Civil Veterinary Dept. Assam report 1927-50 - 1927-1950
Year: 1927
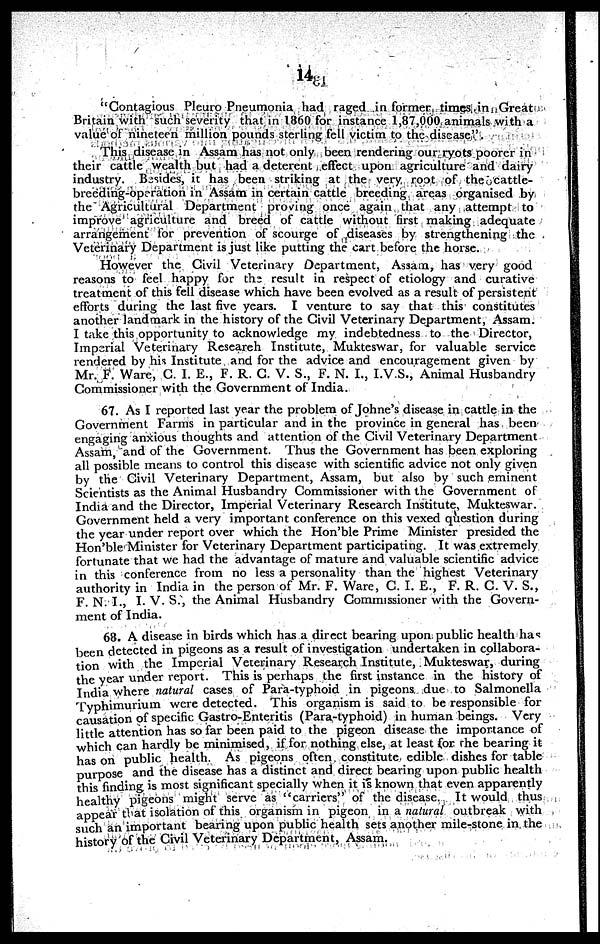
14
"Contagious Pleuro Pneumonia had raged in former times in Great
Britain with such severity that in I860 for instance 1,87,000 animals with a
value of nineteen million pounds sterling fell victim to the disease".
This disease in Assam has not only been rendering our ryots poorer in
their cattle wealth but had a deterent effect upon agriculture and dairy
industry. Besides, it has been striking at the very root of the cattle-
breeding-operation in Assam in certain cattle breeding areas organised by
the Agricultural Department proving once again that any attempt to
improve agriculture and breed of cattle without first making adequate
arrangement for prevention of scourge of diseases by strengthening the
Veterinary Department is just like putting the cart before the horse.
However the Civil Veterinary Department, Assam, has very good
reasons to feel happy for the result in respect of etiology and curative
treatment of this fell disease which have been evolved as a result of persistent
efforts during the last five years. I venture to say that this constitutes
another landmark in the history of the Civil Veterinary Department, Assam.
I take this opportunity to acknowledge my indebtedness to the Director,
Imperial Veterinary Research Institute, Mukteswar, for valuable service
rendered by his Institute and for the advice and encouragement given by
Mr. F. Ware, C. I. E., F. R. C. V. S., F. N. I., I.V.S., Animal Husbandry
Commissioner with the Government of India.
67. As I reported last year the problem of Johne's disease in cattle in the
Government Farms in particular and in the province in general has been
engaging anxious thoughts and attention of the Civil Veterinary Department
Assam and of the Government. Thus the Government has been exploring
all possible means to control this disease with scientific advice not only given
by the Civil Veterinary Department, Assam, but also by such eminent
Scientists as the Animal Husbandry Commissioner with the Government of
India and the Director, Imperial Veterinary Research Institute, Mukteswar.
Government held a very important conference on this vexed question during
the year under report over which the Hon'ble Prime Minister presided the
Hon'ble Minister for Veterinary Department participating. It was extremely
fortunate that we had the advantage of mature and valuable scientific advice
in this conference from no less a personality than the highest Veterinary
authority in India in the person of Mr. F. Ware, C. I. E., F. R. C. V. S.,
F. N. T., I. V. S., the Animal Husbandry Commissioner with the Govern-
ment of India.
68. A disease in birds which has a direct bearing upon public health has
been detected in pigeons as a result of investigation undertaken in collabora-
tion with the Imperial Veterinary Research Institute, Mukteswar, during
the year under report. This is perhaps the first instance in the history of
India where natural cases of Para-typhoid in pigeons due to Salmonella
Typhimurium were detected. This organism is said to be responsible for
causation of specific Gastro-Enteritis (Para-typhoid) in human beings. Very
little attention has so far been paid to the pigeon disease the importance of
which can hardly be minimised, if for nothing else, at least for the bearing it
has on public health. As pigeons often constitute edible dishes for table
purpose and the disease has a distinct and direct bearing upon public health
this finding is most significant specially when it is known that even apparently
healthy pigeons might serve as "carriers" of the disease. It would thus
appear that isolation of this organism in pigeon in a natural outbreak with
such an important bearing upon public health sets another mile-stone in the
history of the Civil Veterinary Department, Assam.